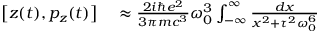
\begin{array} { r l } { \left[ z ( t ) , p _ { z } ( t ) \right] } & { { } \approx { \frac { 2 i \hbar e ^ { 2 } } { 3 \pi m c ^ { 3 } } } \omega _ { 0 } ^ { 3 } \int _ { - \infty } ^ { \infty } { \frac { d x } { x ^ { 2 } + \tau ^ { 2 } \omega _ { 0 } ^ { 6 } } } } \end{array}